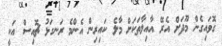
ގޮވައިގެން މޫދަށް އެރޭ އާއިލާތަކަށް މާލެ ކައިރިން އެންމެ ރަނގަޅު ޗޮއިސް އަކީ